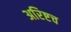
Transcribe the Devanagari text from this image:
अरिष्टच